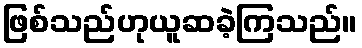
ဖြစ်သည်ဟုယူဆခဲ့ကြသည်။